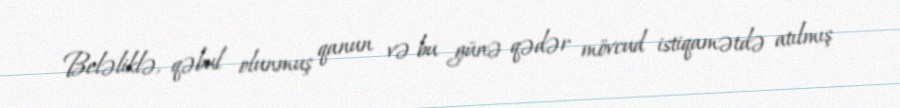
Beləliklə, qəbul olunmuş qanun və bu günə qədər mövcud istiqamətdə atılmış